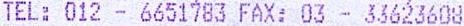
TEL: 012 - 6651783 FAX: 03 - 33623608